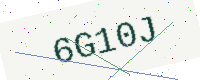
Text: 6G10J